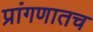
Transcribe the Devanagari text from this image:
प्रांगणातच